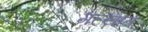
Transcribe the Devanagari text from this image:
गल्यात